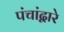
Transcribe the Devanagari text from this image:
पंचांद्वारे